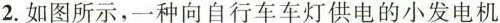
2.如图所示，一种向自行车车灯供电的小发电机